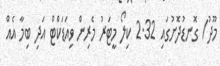
މޫދު/ ގޮނޑުދޮށުގައި 2.32 ކިލޯ މީޓަރު މެރިން ވިއަޑަކްޓް އަދި ބިމާ އެއް